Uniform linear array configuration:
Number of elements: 4
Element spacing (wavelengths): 1
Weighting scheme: binomial
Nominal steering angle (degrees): -45
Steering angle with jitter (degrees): -45.346
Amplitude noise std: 0.05
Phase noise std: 0.05

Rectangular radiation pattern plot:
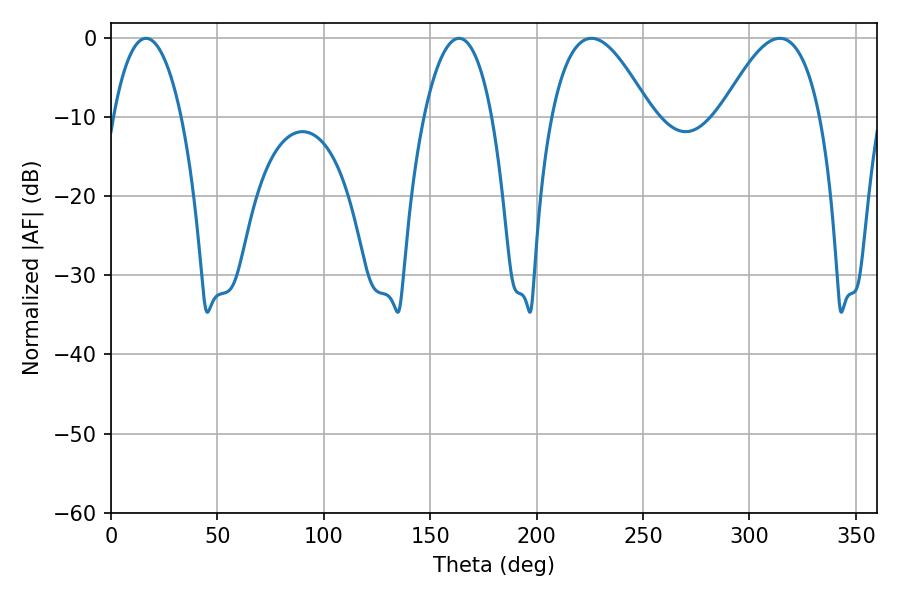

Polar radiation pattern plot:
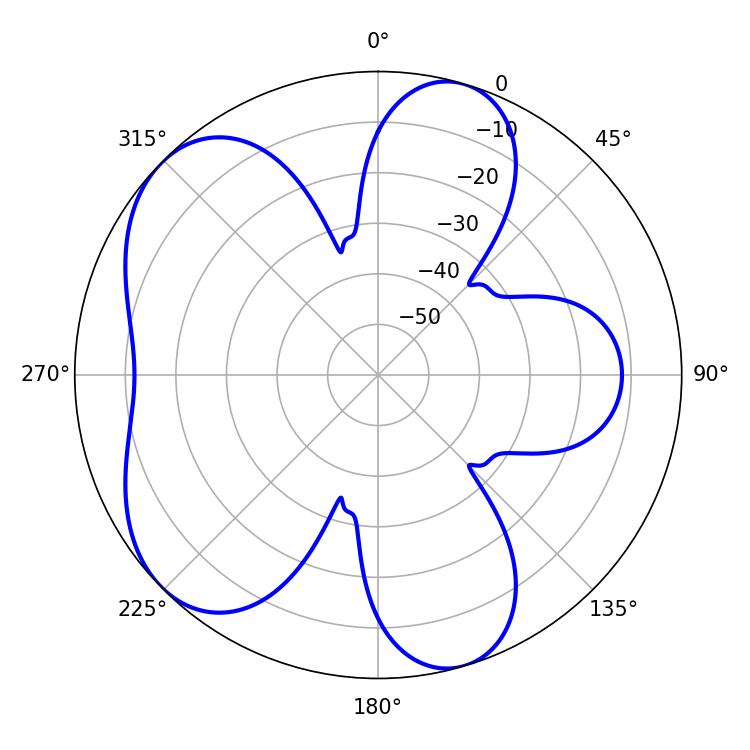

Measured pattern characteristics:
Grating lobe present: TRUE
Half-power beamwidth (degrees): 25.56
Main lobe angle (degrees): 314.28